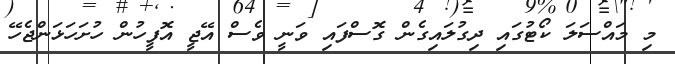
މި މައްސަލަ ކޯޓުގައި ދިގުލައިގެން ގޮސްފައި ވަނީ ވެސް އޭޖީ އޮފީހުން ހުށަހަޅަންޖެހޭ